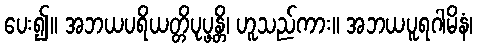
ပေး၍။ အဘယပရိယတ္တိပုပ္ဖန္တိ၊ ဟူသည်ကား။ အဘယပူရဂါမိနံ၊